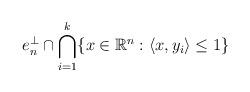
LaTeX: \begin{align*}e_n^{\perp}\cap\bigcap_{i=1}^k \{x\in\mathbb{R}^n:\langle x, y_i\rangle\leq 1\} \end{align*}